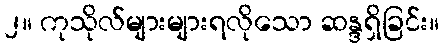
၂။ ကုသိုလ်များများရလိုသော ဆန္ဒရှိခြင်း။